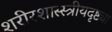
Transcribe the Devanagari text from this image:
शरीरशास्स्त्रीयदृष्ट्या